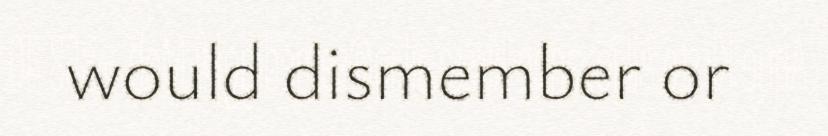
would dismember or